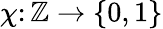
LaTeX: \chi\colon\mathbb{Z}\to\{ 0,1\}